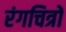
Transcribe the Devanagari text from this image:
रंगचित्रों